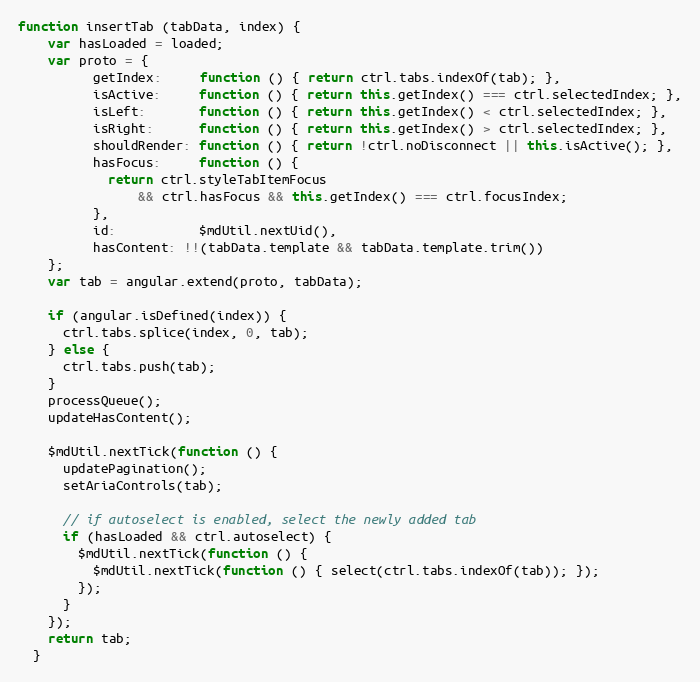
Language: JavaScript
function insertTab (tabData, index) {
    var hasLoaded = loaded;
    var proto = {
          getIndex:     function () { return ctrl.tabs.indexOf(tab); },
          isActive:     function () { return this.getIndex() === ctrl.selectedIndex; },
          isLeft:       function () { return this.getIndex() < ctrl.selectedIndex; },
          isRight:      function () { return this.getIndex() > ctrl.selectedIndex; },
          shouldRender: function () { return !ctrl.noDisconnect || this.isActive(); },
          hasFocus:     function () {
            return ctrl.styleTabItemFocus
                && ctrl.hasFocus && this.getIndex() === ctrl.focusIndex;
          },
          id:           $mdUtil.nextUid(),
          hasContent: !!(tabData.template && tabData.template.trim())
    };
    var tab = angular.extend(proto, tabData);

    if (angular.isDefined(index)) {
      ctrl.tabs.splice(index, 0, tab);
    } else {
      ctrl.tabs.push(tab);
    }
    processQueue();
    updateHasContent();

    $mdUtil.nextTick(function () {
      updatePagination();
      setAriaControls(tab);

      // if autoselect is enabled, select the newly added tab
      if (hasLoaded && ctrl.autoselect) {
        $mdUtil.nextTick(function () {
          $mdUtil.nextTick(function () { select(ctrl.tabs.indexOf(tab)); });
        });
      }
    });
    return tab;
  }